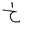
Letter: _kha